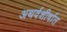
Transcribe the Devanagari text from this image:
अथर्वशीर्षात